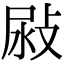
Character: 𢽜